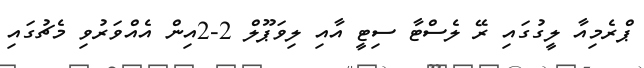
ޕްރެމިއާ ލީގުގައި ރޭ ލެސްޓާ ސިޓީ އާއި ލިވަޕޫލް 2-2އިން އެއްވަރުވި މެޗުގައި